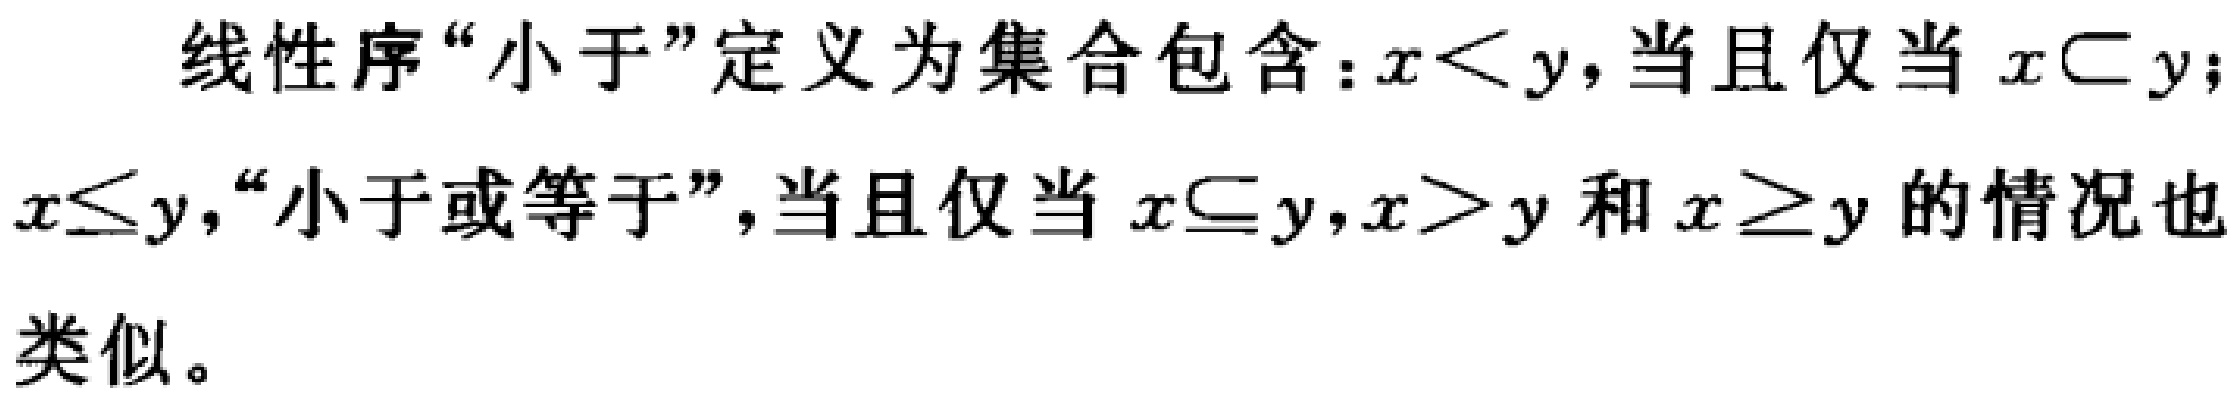
线性序“小于”定义为集合包含：\(x < y\)，当且仅当 \(x \subset y\)；\(x \leq y\)，“小于或等于”，当且仅当 \(x \subseteq y\)，\(x > y\) 和 \(x \geq y\) 的情况也类似。